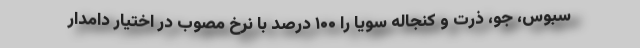
سبوس، جو، ذرت و کنجاله سویا را ۱۰۰ درصد با نرخ مصوب در اختیار دامدار